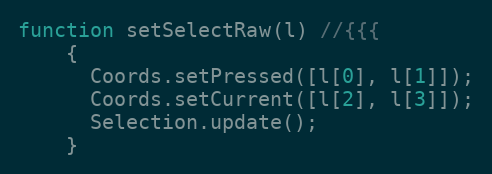
Language: JavaScript
function setSelectRaw(l) //{{{
    {
      Coords.setPressed([l[0], l[1]]);
      Coords.setCurrent([l[2], l[3]]);
      Selection.update();
    }